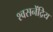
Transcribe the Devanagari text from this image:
श्वसनेंद्रिय